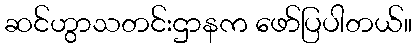
ဆင်ဟွာသတင်းဌာနက ဖော်ပြပါတယ်။